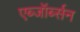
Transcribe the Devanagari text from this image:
एब्जॉर्ब्सन